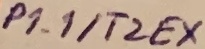
Text: P1.1/T2EX